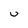
Character: v